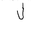
Letter: _lam